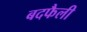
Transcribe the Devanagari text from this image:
बदफैली